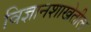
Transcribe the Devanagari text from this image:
विज्ञानशाखेतील